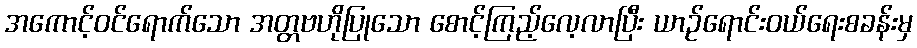
အကောင့်ဝင်ရောက်သော အတ္တဗဟိုပြုသော စောင့်ကြည့်လေ့လာပြီး ယာဉ်ရောင်းဝယ်ရေးစခန်းမှ